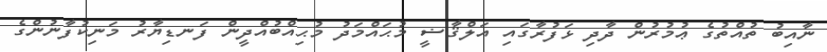
ނާއިބު ތުއްތުގެ ޢުމުރުން ދާދި ޅަފުރާގައި އަލްޤާޟީ މުޙައްމަދު މުޙިއްބުއްދީން ފަނޑިޔާރު މަނިކުފާނުންގެ